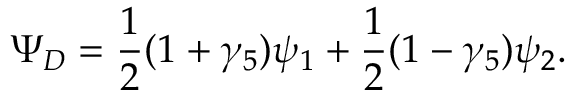
\Psi _ { D } = \frac { 1 } { 2 } ( 1 + \gamma _ { 5 } ) \psi _ { 1 } + \frac { 1 } { 2 } ( 1 - \gamma _ { 5 } ) \psi _ { 2 } .